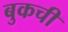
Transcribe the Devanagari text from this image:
बुकची